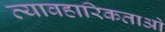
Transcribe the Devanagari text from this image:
व्यावहारिकताओ